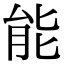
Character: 能